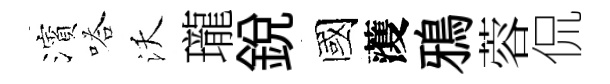
濱嗒沃瓏銳國𮑮鴉蓉侃